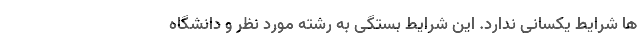
ها شرایط یکسانی ندارد. این شرایط بستگی به رشته مورد نظر و دانشگاه